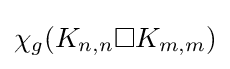
\chi _{g}(K_{n,n}\square K_{m,m})